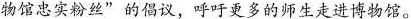
物馆忠实粉丝”的倡议，呼吁更多的师生走进博物馆。